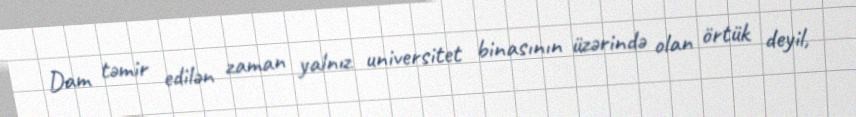
Dam təmir edilən zaman yalnız universitet binasının üzərində olan örtük deyil,